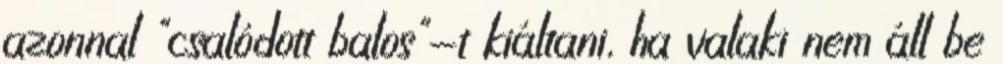
azonnal "csalódott balos"-t kiáltani, ha valaki nem áll be